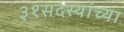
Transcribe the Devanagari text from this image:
३१सदस्यांच्या